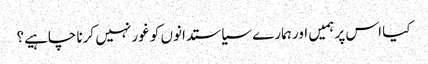
کیا اس پر ہمیں اور ہمارے سیاستدانوں کو غور نہیں کرنا چاہیے؟